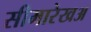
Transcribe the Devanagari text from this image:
सीमारेखअ